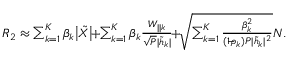
\begin{array} { r l } & { { { { R } } _ { 2 } } \approx \sum _ { k = 1 } ^ { K } \beta _ { k } \big | { { \tilde { X } } } \big | \! \! + \! \! \sum _ { k = 1 } ^ { K } \beta _ { k } \frac { { { { W } _ { | | k } } } } { \sqrt { P } { | \tilde { h } _ { k } | } } \! \! + \! \! \sqrt { \sum _ { k = 1 } ^ { K } \frac { \beta _ { k } ^ { 2 } } { ( 1 \! \! - \! \! \rho _ { k } ) P | \tilde { h } _ { k } | ^ { 2 } } } { N } . } \end{array}